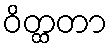
ဝိတ္ထတာ